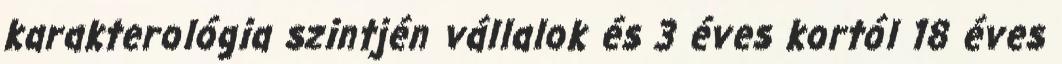
karakterológia szintjén vállalok és 3 éves kortól 18 éves